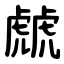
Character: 虤